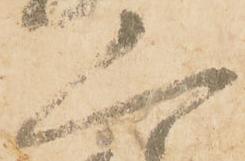
人